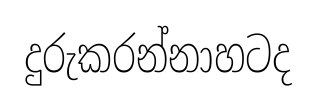
දුරුකරන්නාහටද